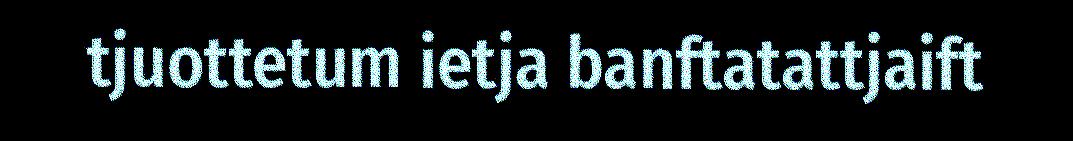
tjuottetum ietja banftatattjaift